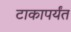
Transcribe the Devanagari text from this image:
टाकापर्यंत